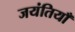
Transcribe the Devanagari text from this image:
जयंतियाँ